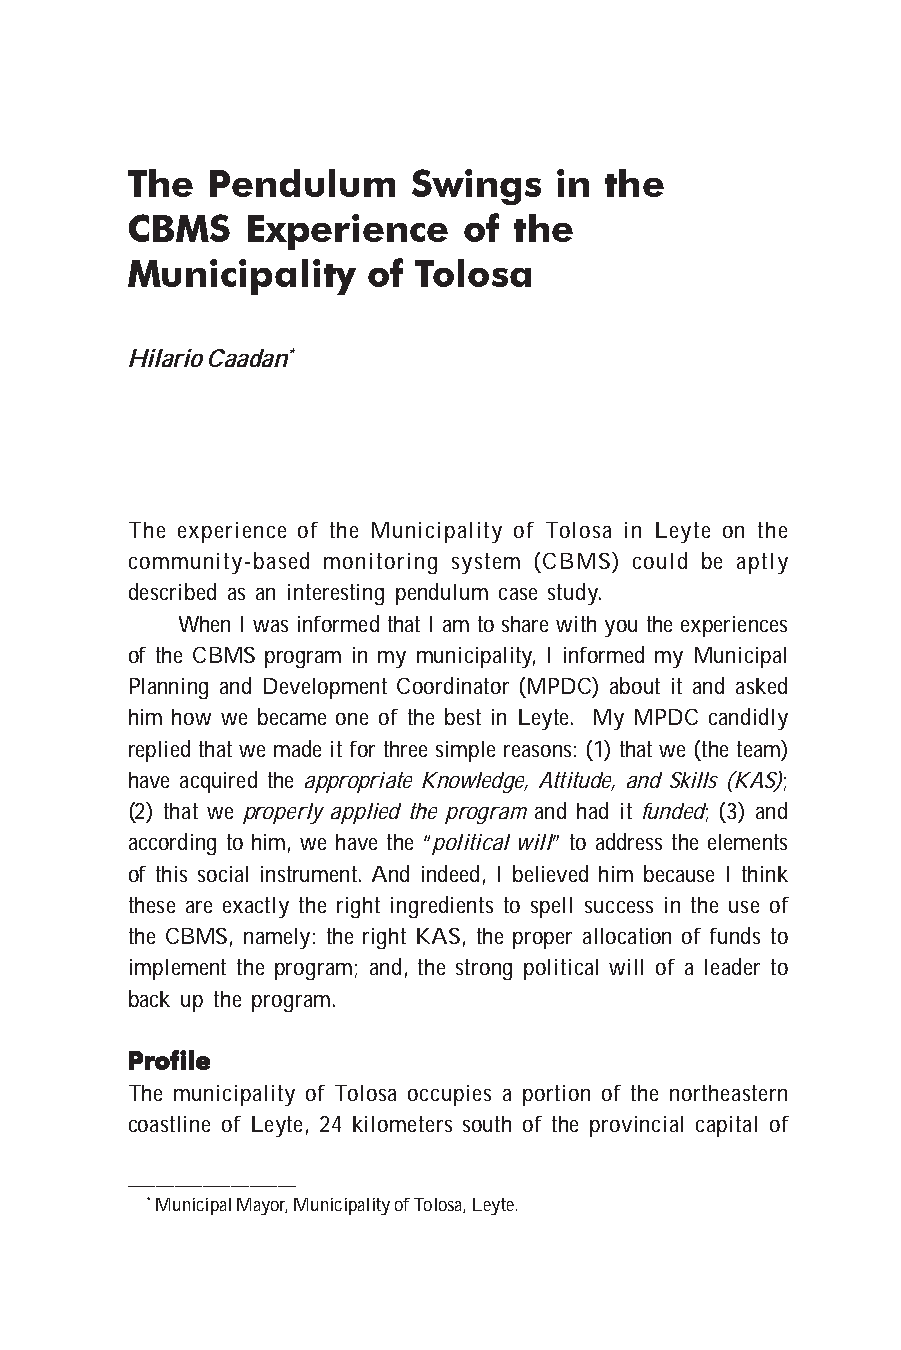
The   Pendulum     Swings    in the
 CBMS    Experience     of the
 Municipality    of Tolosa
 Hilario Caadan*
 The experience of the Municipality of Tolosa in Leyte on the
 community-based monitoring system (CBMS) could be aptly
 described as an interesting pendulum case study.
 When I was informed that I am to share with you the experiences
 of the CBMS program in my municipality, I informed my Municipal
 Planning and Development Coordinator (MPDC) about it and asked
 him how we became one of the best in Leyte. My MPDC candidly
 replied that we made it for three simple reasons: (1) that we (the team)
 have acquired the appropriate Knowledge, Attitude, and Skills (KAS);
 (2) that we properly applied the program and had it funded; (3) and
 according to him, we have the “political will” to address the elements
 of this social instrument. And indeed, I believed him because I think
 these are exactly the right ingredients to spell success in the use of
 the CBMS, namely: the right KAS, the proper allocation of funds to
 implement the program; and, the strong political will of a leader to
 back up the program.
 PPPPPrrrrrooooofffffiiiiillllleeeee
 The municipality of Tolosa occupies a portion of the northeastern
 coastline of Leyte, 24 kilometers south of the provincial capital of
 __________________
 * Municipal Mayor, Municipality of Tolosa, Leyte.